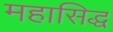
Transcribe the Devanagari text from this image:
महासिद्ध